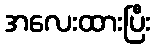
အလေးထားပြီး